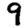
Digit: 9